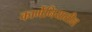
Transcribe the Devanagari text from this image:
कार्मेनियातील